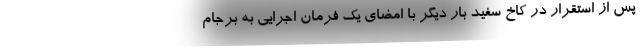
پس از استقرار در کاخ سفید بار دیگر با امضای یک فرمان اجرایی به برجام